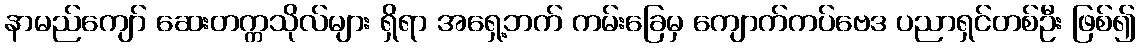
နာမည်ကျော် ဆေးတက္ကသိုလ်များ ရှိရာ အရှေ့ဘက် ကမ်းခြေမှ ကျောက်ကပ်ဗေဒ ပညာရှင်တစ်ဦး ဖြစ်၍